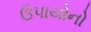
ઉપાયોનો